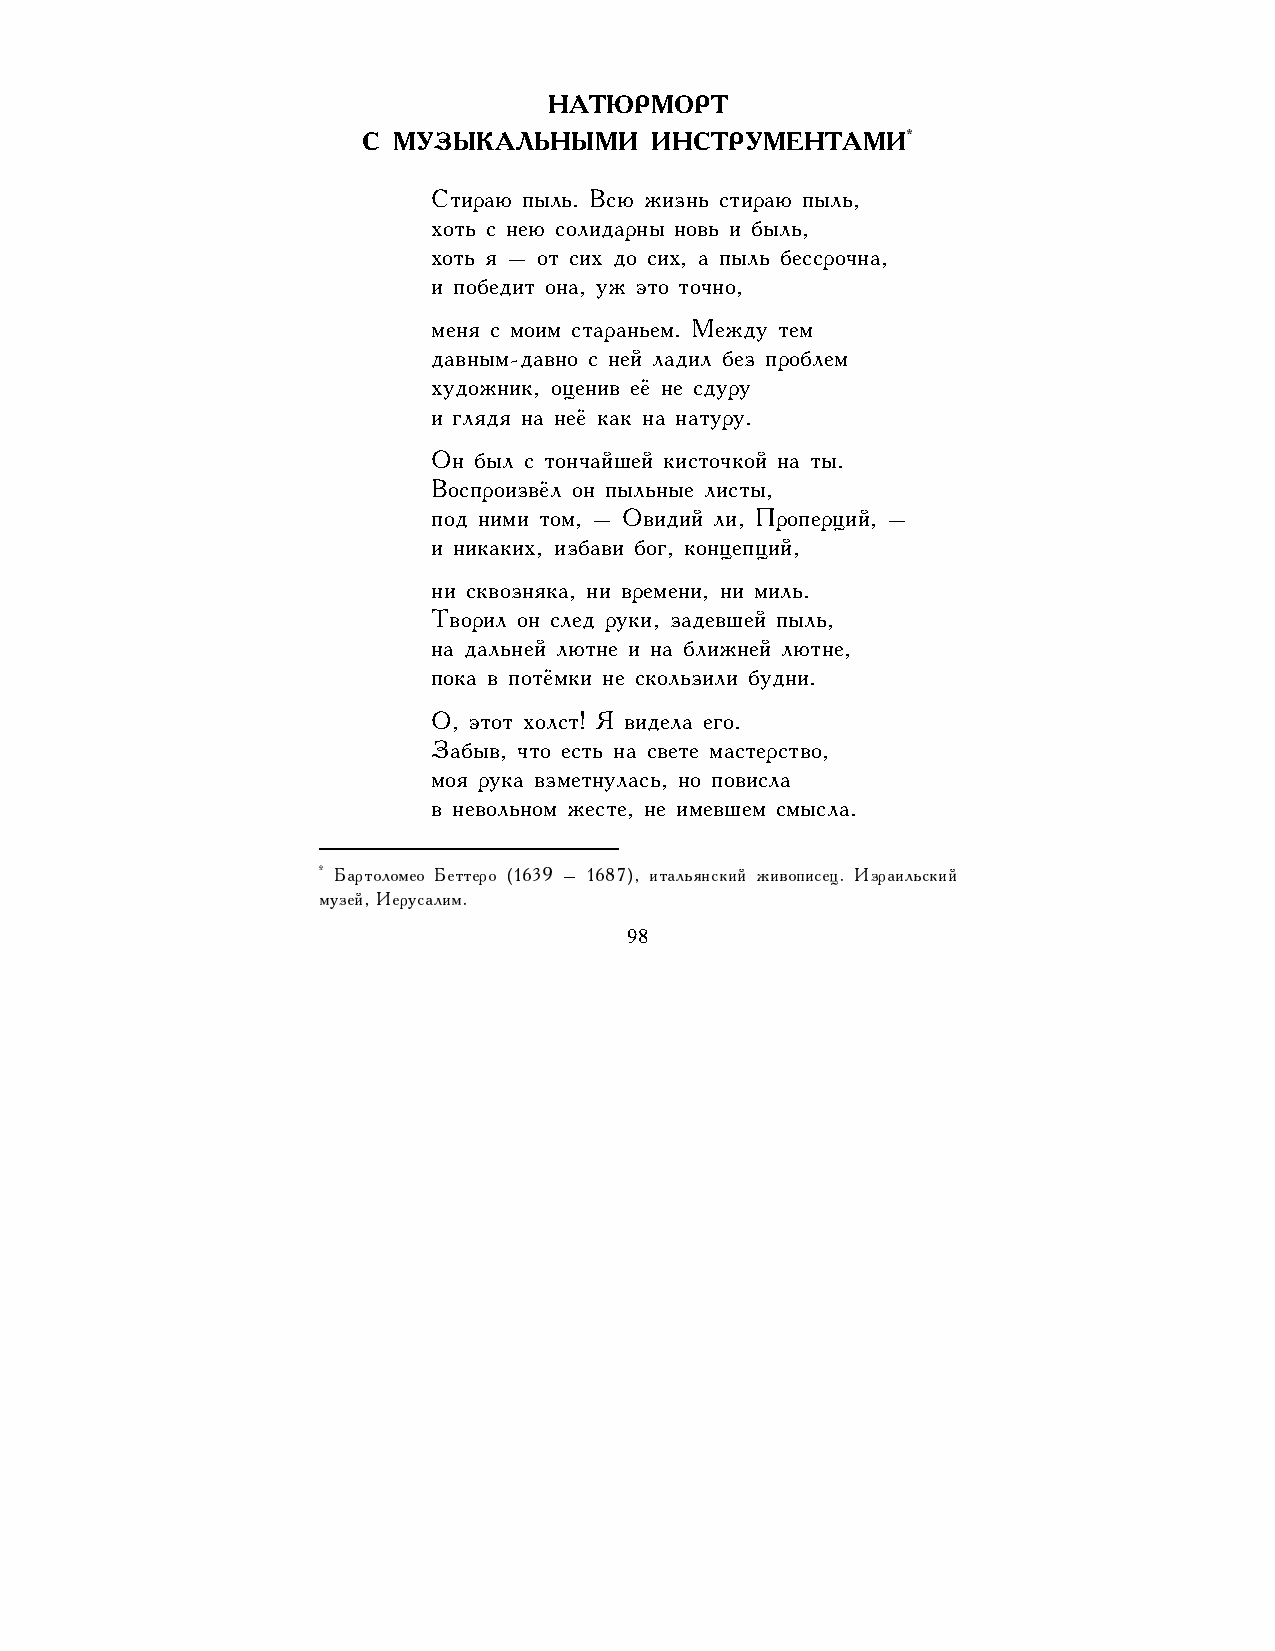
НАТЮРМОРТ
 *
 С МУЗЫКАЛЬНЫМИ     ИНСТРУМЕНТАМИ
 Стираю пыль. Всю жизнь стираю пыль,
 хоть с нею солидарны новь и быль,
 хоть я – от сих до сих, а пыль бессрочна,
 и победит она, уж это точно,
 меня с моим стараньем. Между тем
 давным-давно с ней ладил без проблем
 художник, оценив её не сдуру
 и глядя на неё как на натуру.
 Он был с тончайшей кисточкой на ты.
 Воспроизвёл он пыльные листы,
 под ними том, – Овидий ли, Проперций, –
 и никаких, избави бог, концепций,
 ни сквозняка, ни времени, ни миль.
 Творил он след руки, задевшей пыль,
 на дальней лютне и на ближней лютне,
 пока в потёмки не скользили будни.
 О, этот холст! Я видела его.
 Забыв, что есть на свете мастерство,
 моя рука взметнулась, но повисла
 в невольном жесте, не имевшем смысла.
 * Бартоломео Беттеро (1639 – 1687), итальянский живописец. Израильский
 музей, Иерусалим.
 98